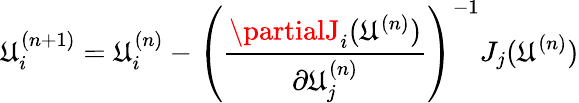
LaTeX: \mathfrak{U}_{i}^{(n+1)}=\mathfrak{U}_{i}^{(n)}-\left(\frac{{\partialJ_{i}(\mathfrak{U}^{(n)})}}{{\partial\mathfrak{U}_{j}^{(n)}}}\right)^{-1}J_{j}(\mathfrak{U}^{(n)})